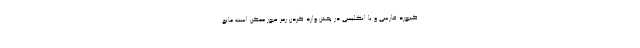
کیبورد فارسی و یا انگلیسی در بخش وارد کردن رمز عبور ممکن است مانع